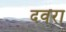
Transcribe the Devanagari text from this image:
दवरा